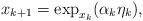
LaTeX: \begin{align*}x_{k+1}=\exp_{x_k}(\alpha_k\eta_k),\end{align*}